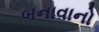
બનાવાનો